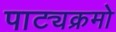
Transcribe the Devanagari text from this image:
पाट्यक्रमो